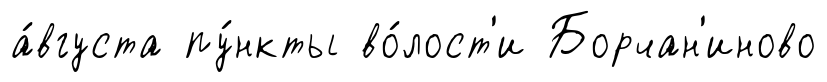
а́вгуста пу́нкты во́лост'и Борчан'иново